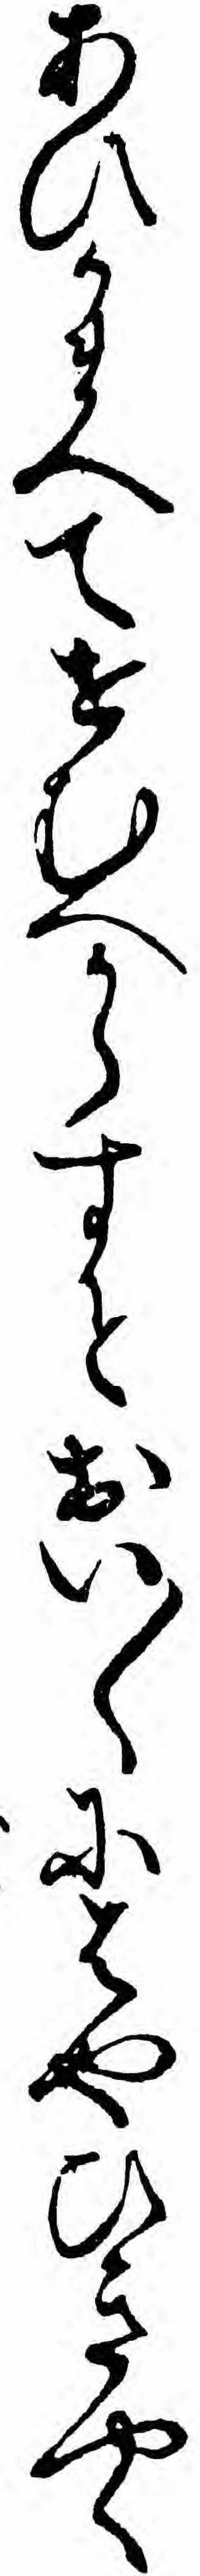
あひかまへてせむへからすとおい〱にはやひきやく